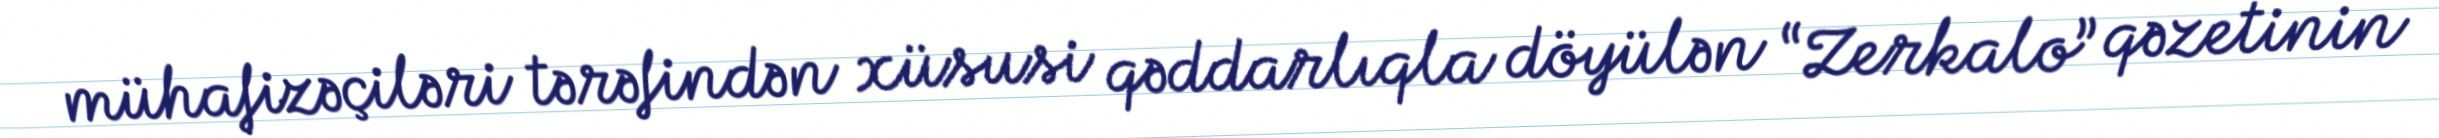
mühafizəçiləri tərəfindən xüsusi qəddarlıqla döyülən “Zerkalo” qəzetinin